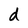
Character: d